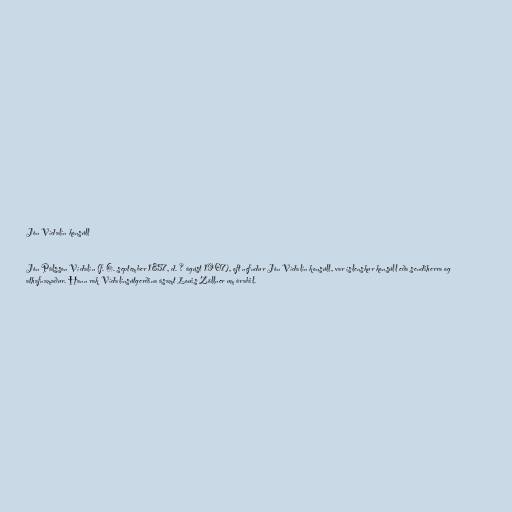
Jón Vídalín konsúll

Jón Pálsson Vídalín (f. 6. september 1857, d. ? ágúst 1907), oft nefndur Jón Vídalín konsúll, var íslenskur konsúll eða sendiherra og
athafnamaður. Hann rak Vídalínsútgerðina ásamt Louis Zöllner um árabil.